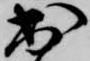
出